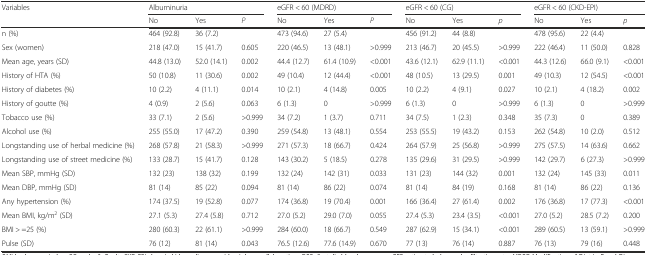
<table><thead><tr><td rowspan="2"><b>Variables</b></td><td colspan="3"><b>Albuminuria</b></td><td colspan="3"><b>eGFR &lt; 60 (MDRD)</b></td><td colspan="3"><b>eGFR &lt; 60 (CG)</b></td><td colspan="3"><b>eGFR &lt; 60 (CKD-EPI)</b></td></tr><tr><td><b>No</b></td><td><b>Yes</b></td><td><b><i>P</i></b></td><td><b>No</b></td><td><b>Yes</b></td><td><b><i>P</i></b></td><td><b>No</b></td><td><b>Yes</b></td><td><b><i>p</i></b></td><td><b>No</b></td><td><b>Yes</b></td><td><b><i>p</i></b></td></tr></thead><tbody><tr><td>n (%)</td><td>464 (92.8)</td><td>36 (7.2)</td><td></td><td>473 (94.6)</td><td>27 (5.4)</td><td></td><td>456 (91.2)</td><td>44 (8.8)</td><td></td><td>478 (95.6)</td><td>22 (4.4)</td><td></td></tr><tr><td>Sex (women)</td><td>218 (47.0)</td><td>15 (41.7)</td><td>0.605</td><td>220 (46.5)</td><td>13 (48.1)</td><td>&gt;0.999</td><td>213 (46.7)</td><td>20 (45.5)</td><td>&gt;0.999</td><td>222 (46.4)</td><td>11 (50.0)</td><td>0.828</td></tr><tr><td>Mean age, years (SD)</td><td>44.8 (13.0)</td><td>52.0 (14.1)</td><td>0.002</td><td>44.4 (12.7)</td><td>61.4 (10.9)</td><td>&lt;0.001</td><td>43.6 (12.1)</td><td>62.9 (11.1)</td><td>&lt;0.001</td><td>44.3 (12.6)</td><td>66.0 (9.1)</td><td>&lt;0.001</td></tr><tr><td>History of HTA (%)</td><td>50 (10.8)</td><td>11 (30.6)</td><td>0.002</td><td>49 (10.4)</td><td>12 (44.4)</td><td>&lt;0.001</td><td>48 (10.5)</td><td>13 (29.5)</td><td>0.001</td><td>49 (10.3)</td><td>12 (54.5)</td><td>&lt;0.001</td></tr><tr><td>History of diabetes (%)</td><td>10 (2.2)</td><td>4 (11.1)</td><td>0.014</td><td>10 (2.1)</td><td>4 (14.8)</td><td>0.005</td><td>10 (2.2)</td><td>4 (9.1)</td><td>0.027</td><td>10 (2.1)</td><td>4 (18.2)</td><td>0.002</td></tr><tr><td>History of goutte (%)</td><td>4 (0.9)</td><td>2 (5.6)</td><td>0.063</td><td>6 (1.3)</td><td>0</td><td>&gt;0.999</td><td>6 (1.3)</td><td>0</td><td>&gt;0.999</td><td>6 (1.3)</td><td>0</td><td>&gt;0.999</td></tr><tr><td>Tobacco use (%)</td><td>33 (7.1)</td><td>2 (5.6)</td><td>&gt;0.999</td><td>34 (7.2)</td><td>1 (3.7)</td><td>0.711</td><td>34 (7.5)</td><td>1 (2.3)</td><td>0.348</td><td>35 (7.3)</td><td>0</td><td>0.389</td></tr><tr><td>Alcohol use (%)</td><td>255 (55.0)</td><td>17 (47.2)</td><td>0.390</td><td>259 (54.8)</td><td>13 (48.1)</td><td>0.554</td><td>253 (55.5)</td><td>19 (43.2)</td><td>0.153</td><td>262 (54.8)</td><td>10 (2.0)</td><td>0.512</td></tr><tr><td>Longstanding use of herbal medicine (%)</td><td>268 (57.8)</td><td>21 (58.3)</td><td>&gt;0.999</td><td>271 (57.3)</td><td>18 (66.7)</td><td>0.424</td><td>264 (57.9)</td><td>25 (56.8)</td><td>&gt;0.999</td><td>275 (57.5)</td><td>14 (63.6)</td><td>0.662</td></tr><tr><td>Longstanding use of street medicine (%)</td><td>133 (28.7)</td><td>15 (41.7)</td><td>0.128</td><td>143 (30.2)</td><td>5 (18.5)</td><td>0.278</td><td>135 (29.6)</td><td>31 (29.5)</td><td>&gt;0.999</td><td>142 (29.7)</td><td>6 (27.3)</td><td>&gt;0.999</td></tr><tr><td>Mean SBP, mmHg (SD)</td><td>132 (23)</td><td>138 (32)</td><td>0.199</td><td>132 (24)</td><td>142 (31)</td><td>0.033</td><td>131 (23)</td><td>144 (32)</td><td>0.001</td><td>132 (24)</td><td>145 (33)</td><td>0.011</td></tr><tr><td>Mean DBP, mmHg (SD)</td><td>81 (14)</td><td>85 (22)</td><td>0.094</td><td>81 (14)</td><td>86 (22)</td><td>0.074</td><td>81 (14)</td><td>84 (19)</td><td>0.168</td><td>81 (14)</td><td>86 (22)</td><td>0.136</td></tr><tr><td>Any hypertension (%)</td><td>174 (37.5)</td><td>19 (52.8)</td><td>0.077</td><td>174 (36.8)</td><td>19 (70.4)</td><td>0.001</td><td>166 (36.4)</td><td>27 (61.4)</td><td>0.002</td><td>176 (36.8)</td><td>17 (77.3)</td><td>&lt;0.001</td></tr><tr><td>Mean BMI, kg/m<sup>2</sup> (SD)</td><td>27.1 (5.3)</td><td>27.4 (5.8)</td><td>0.712</td><td>27.0 (5.2)</td><td>29.0 (7.0)</td><td>0.055</td><td>27.4 (5.3)</td><td>23.4 (3.5)</td><td>&lt;0.001</td><td>27.0 (5.2)</td><td>28.5 (7.2)</td><td>0.200</td></tr><tr><td>BMI &gt; =25 (%)</td><td>280 (60.3)</td><td>22 (61.1)</td><td>&gt;0.999</td><td>284 (60.0)</td><td>18 (66.7)</td><td>0.549</td><td>287 (62.9)</td><td>15 (34.1)</td><td>&lt;0.001</td><td>289 (60.5)</td><td>13 (59.1)</td><td>&gt;0.999</td></tr><tr><td>Pulse (SD)</td><td>76 (12)</td><td>81 (14)</td><td>0.043</td><td>76.5 (12.6)</td><td>77.6 (14.9)</td><td>0.670</td><td>77 (13)</td><td>76 (14)</td><td>0.887</td><td>76 (13)</td><td>79 (16)</td><td>0.448</td></tr></tbody></table>